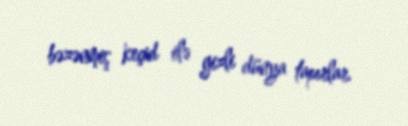
bəzənmiş keçid ilə gizli dünya tapırlar.